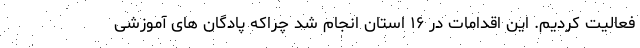
فعالیت کردیم. این اقدامات در ۱۶ استان انجام شد چراکه پادگان های آموزشی